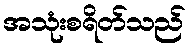
အသုံးစရိတ်သည်